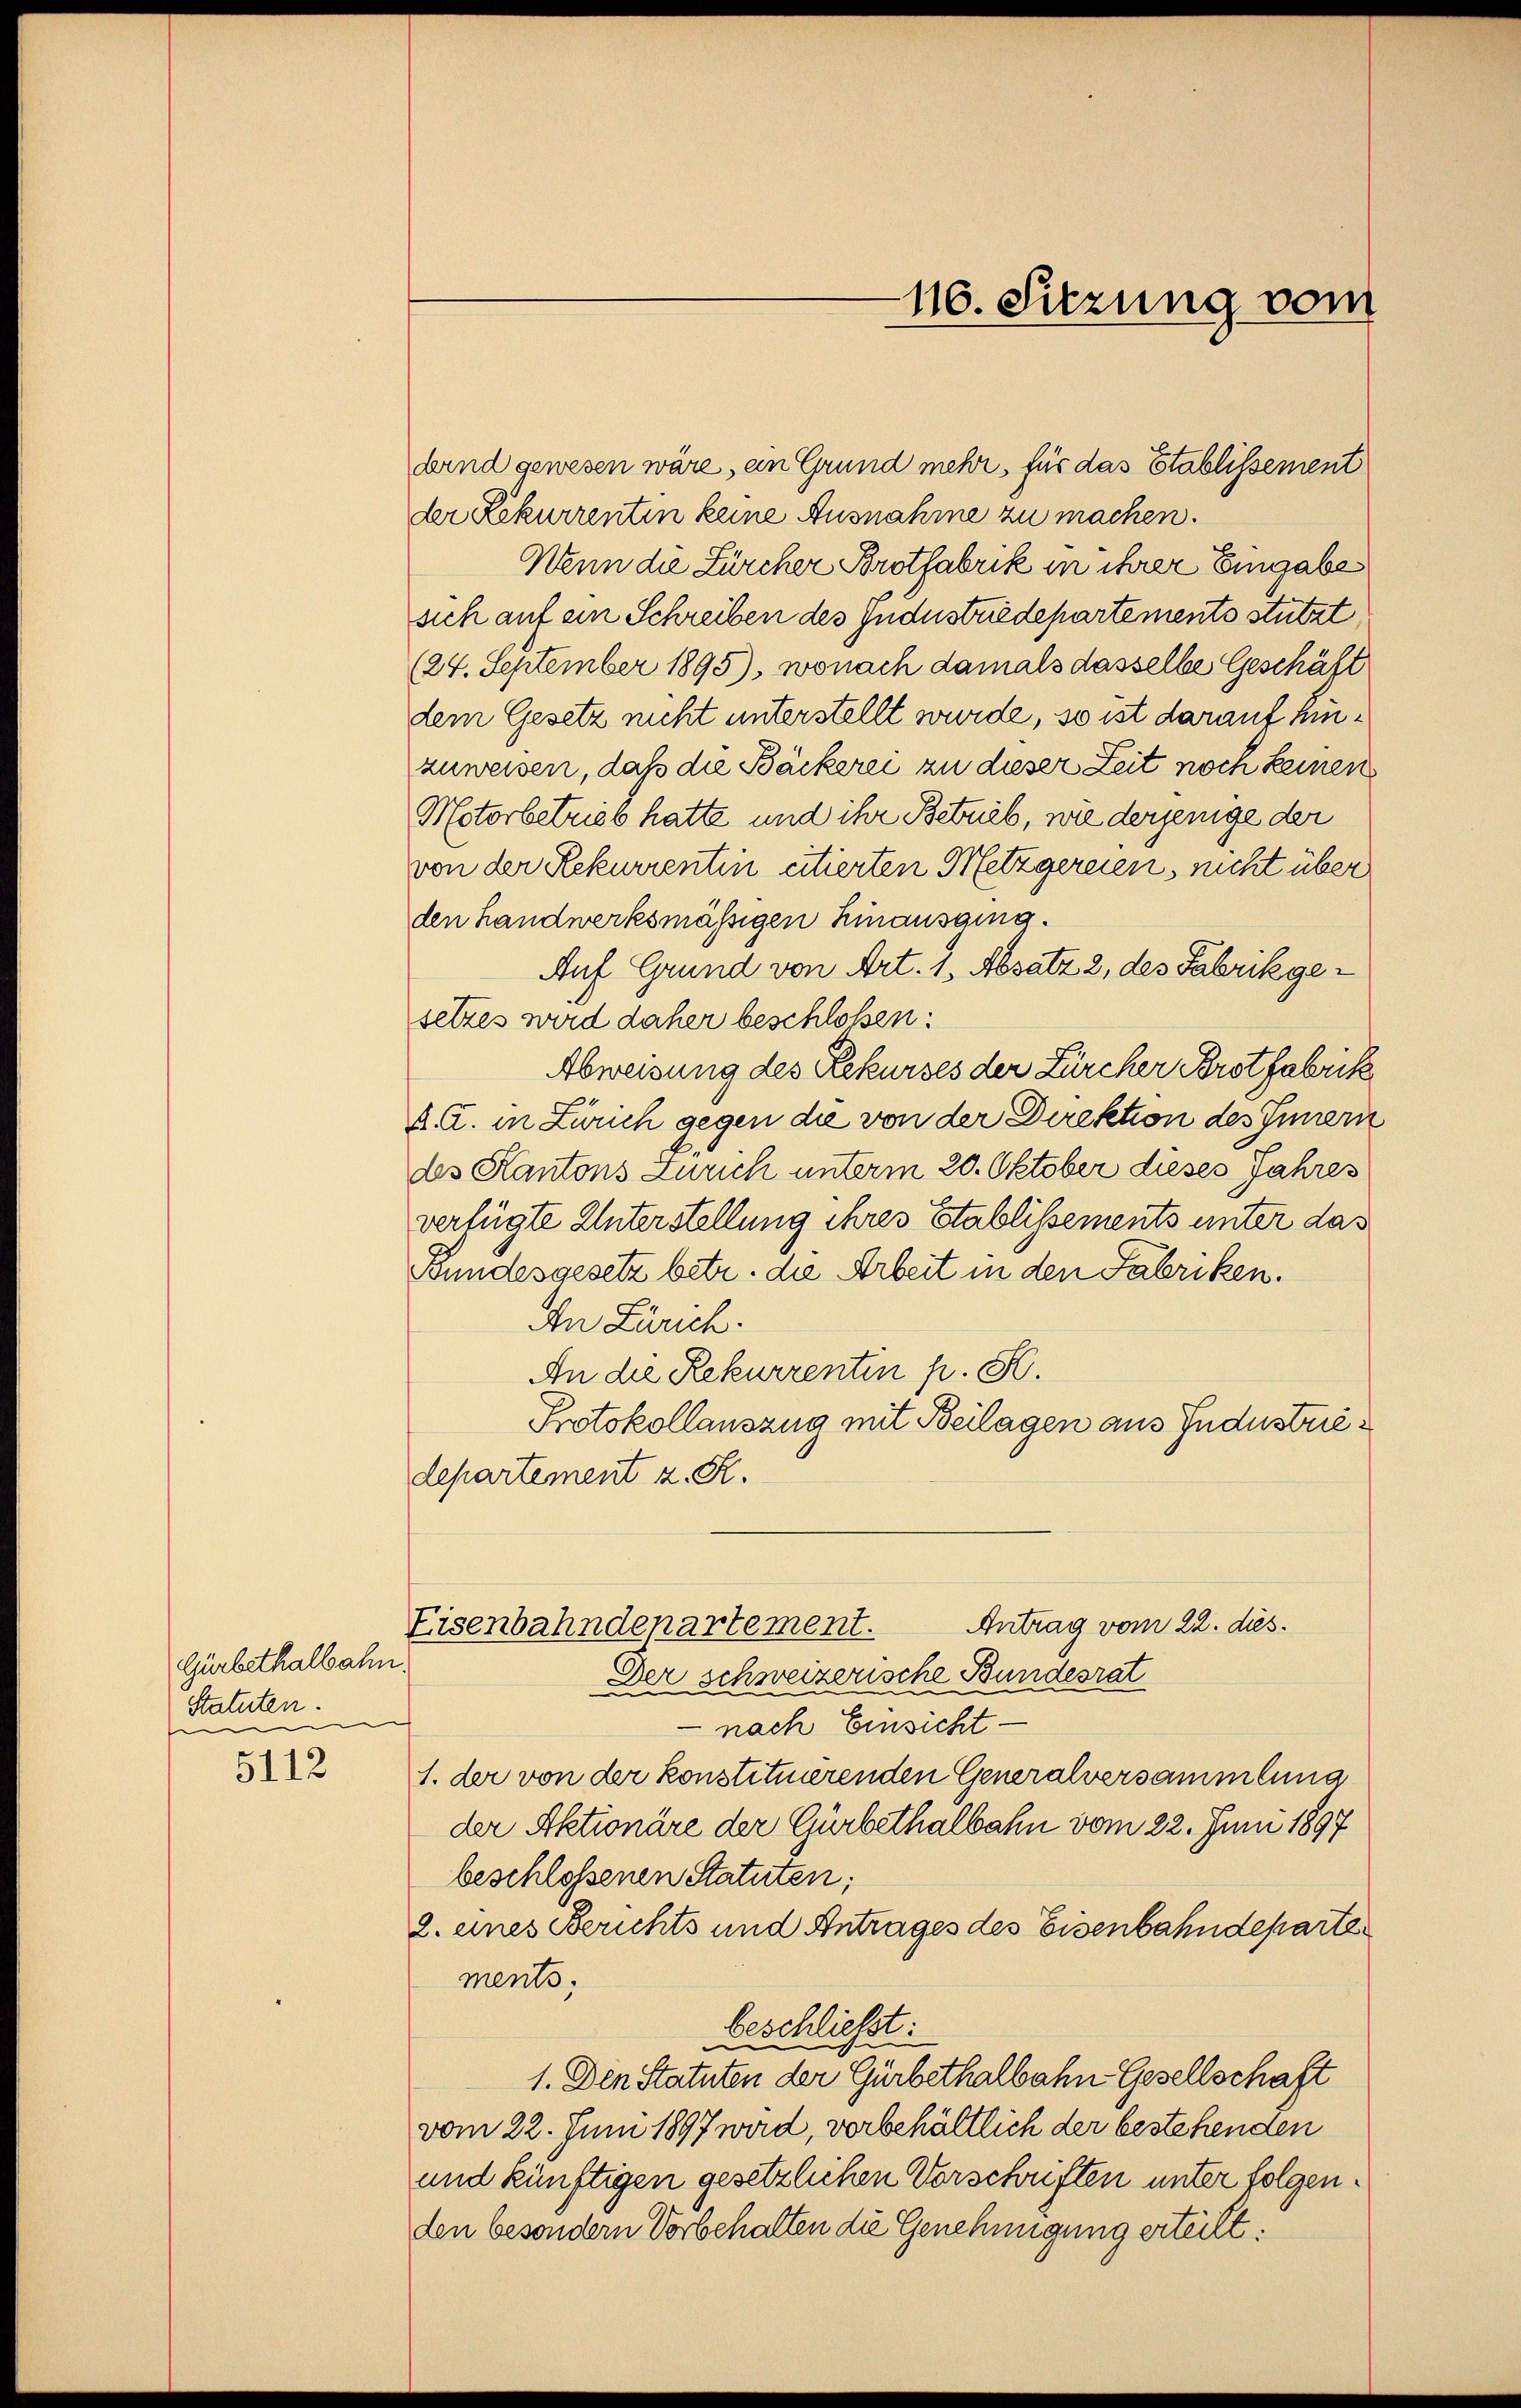
Gürbethalbahn.
Statuten.

5112

dernd gewesen wäre, an Grund mehr, für das Etablissement
der Rekurrentin keine Ausnahme zu machen.
Wenn die Zürcher Brotfabrik in ihrer Eingabe
sich auf ein Schreiben des Industriedepartements stützt
(24. September 1895), wonach damals dasselbe Geschäft
dem Gesetz nicht unterstellt wurde, so ist darauf hinzuweisen, daß die Bäckerei zu dieser Zeit noch keinen
Motorbetrieb hatte und ihr Betrieb, wie derjenige der
von der Rekurrentin citierten Metzgereien, nicht über
den handwerksmässigen hinausging.
Auf Grund von Art. 1, Absatz 2, des Fabrikgesetzes wird daher beschlossen:
Abweisung des Rekurses der Zürcher Brotfabrik
A. G. in Zürich gegen die von der Direktion des Innern
des Kantons Zürich unterm 20. Oktober dieses Jahres
verfügte Unterstellung ihres Etablissements unter das
Bundesgesetz betr. die Arbeit in den Fabriken.
An Zürich.
An die Rekurrenten pr. K.
Protokollauszug mit Beilagen aus Industriedepartement z. R.
Antrag vom 22. dies
Eisenbahndepartement.
Der schweizerische Bundesrat
nach Einsicht.
1. der von der konstituierenden Generalversammlung
der Aktionäre der Gürbethalbahn vom 22. Juni 1897
beschlossenen Statuten;
2. eines Berichts und Antrages des Eisenbahndeparte
ments.
beschließt:
1. Den Statuten der Gürbethalbahn- Gesellschaft
vom 22. Juni 1897 wird, vorbehältlich der bestehenden
und künftigen gesetzlichen Vorschriften unter folgen.
den besondern Vorbehalten die Genehmigung erteilt:

116. Sitzung vom